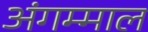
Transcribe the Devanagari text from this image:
अंगम्माल